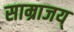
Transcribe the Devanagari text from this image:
साम्राजय्